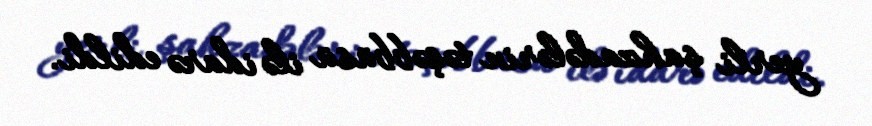
yerli şahzadələrin təşəbbüsü ilə idarə edildi.